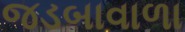
જડબાવાળા